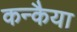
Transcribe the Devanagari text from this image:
कन्कैया